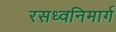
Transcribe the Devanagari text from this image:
रसध्वनिमार्ग